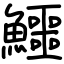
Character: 鱷